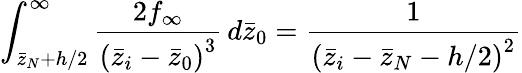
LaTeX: \int_{\bar{z}_{N}+h/2}^{\infty}\frac{2f_{\infty}}{\left(\bar{z}_{i}-\bar{z}_{0}\right)^{3}}\, d\bar{z}_{0}=\frac{1}{\left(\bar{z}_{i}-\bar{z}_{N}-h/2\right)^{2}}